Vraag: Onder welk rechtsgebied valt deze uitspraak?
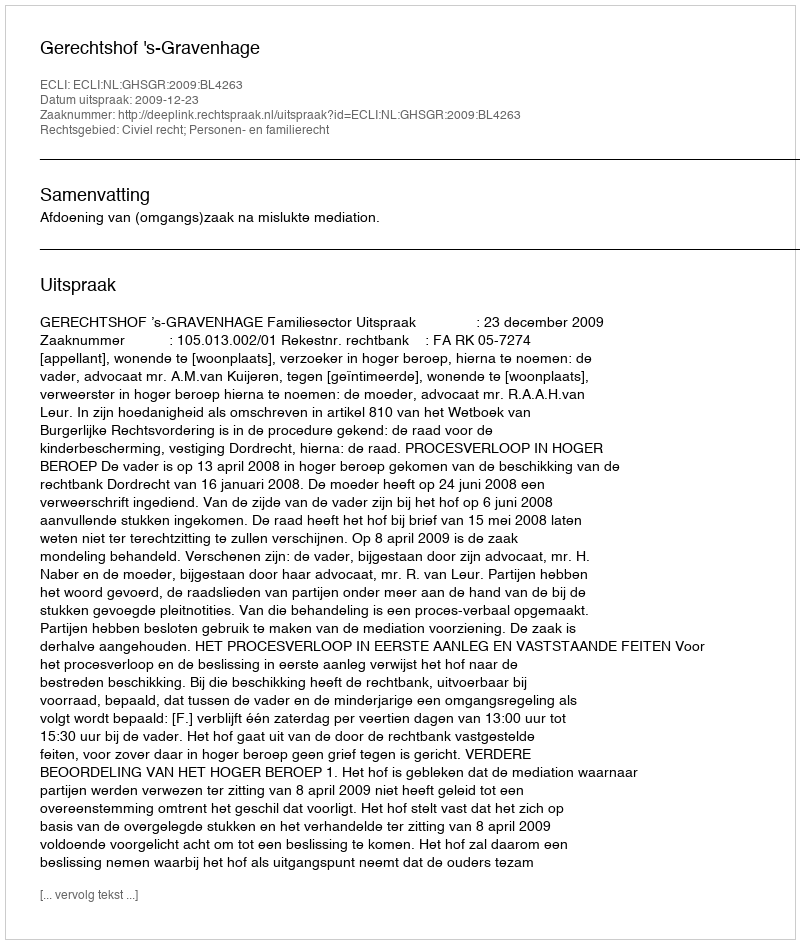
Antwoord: Civiel recht; Personen- en familierecht